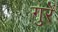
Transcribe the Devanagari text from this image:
गुरें